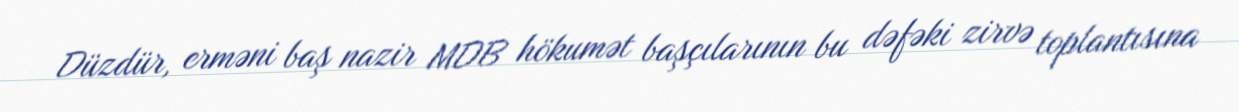
Düzdür, erməni baş nazir MDB hökumət başçılarının bu dəfəki zirvə toplantısına